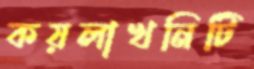
কয়লাখনিটি